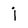
Character: j